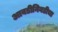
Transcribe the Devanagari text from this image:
आवडीनिवडीचा